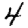
Digit: 4